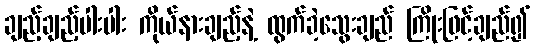
ချည့်ချည့်ပါးပါး ကိုယ်နားချည့်နဲ့ ထွက်ခဲ့သွေးချည် ကြိုးဖြင့်ချည်၍